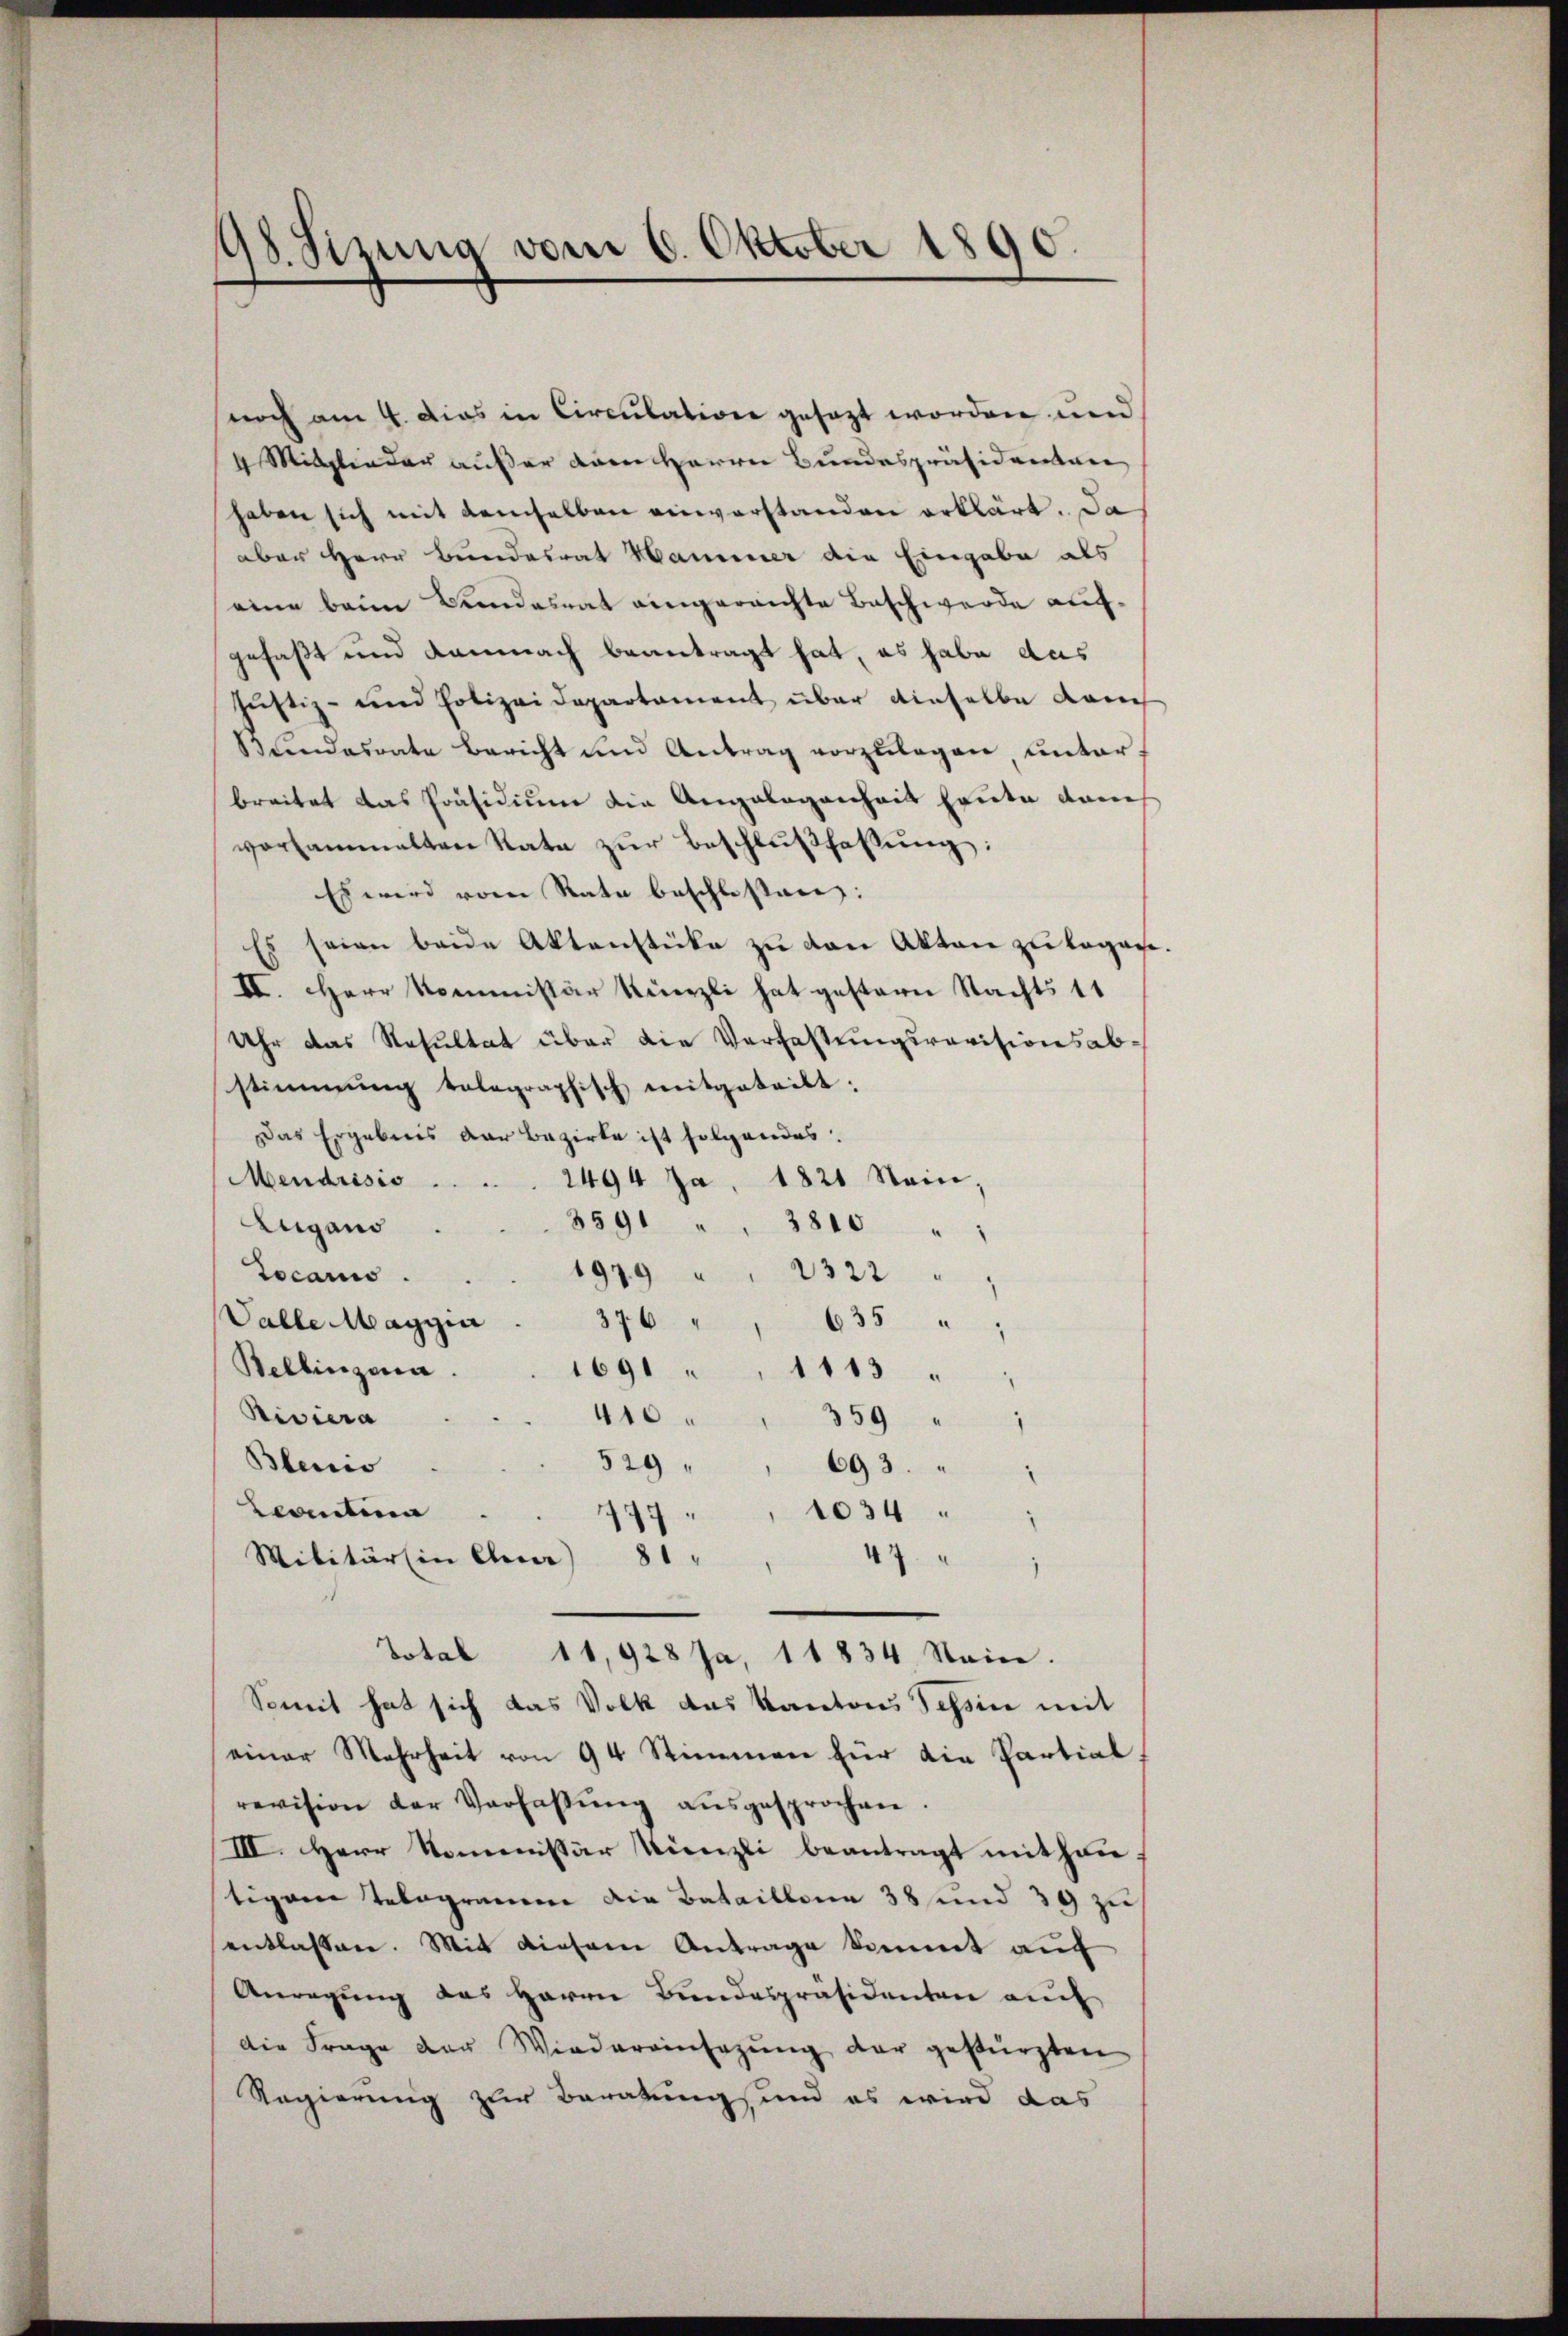
98. Sizung vom 6. Oktober 1890.

noch am 4. Das in Circulation gesezt worden und
4 Mitglieder außer dann Herren Bundespräsidentere
haben sich mit demselben einverstanden erklärt. Da
aber Herr Bundesrat Hammer die Eingabe als
eine beim Bundesrat eingereichte Beschwerde aufgefaßt und demnach beantragt hat, es habe aus
Justiz- und Polizeidepartament über dieselbe dam
Bundesrate bericht und Antrag vorzulegen, unterbreitet das Präsidium die Angelegenheit heute dam
vorsammelten Rate zŭr Beschlußfassung:
Es wird vom Rata beschlossen:
Es seien beide Aktenstücke zŭ von Akten zu legate.
II. Herr Kommissär Künzli hat gestern Nachts 11
Uhr das Resultat über die Verfassungsrevisionsabstimmung tolographisch mitgeteilt.
Das Ergebnis der Bezirke ist folgendes:
Mendrisio
2494 Ja, 1821 Nein.
Eugano
3591 " " 3810 " "
Tocarno.
1979 " " 2322
Valle Magyi
376
635 " "
Bellinzona
1691 " " 1113
Riviera
410
359 " "
529
Blenio
693.
Leontina
1034
97
81
Militärin Euer)
47
Total 11,928 Ja, 11834. Stein.
Somit hat sich das Volk das Kantons Tessin mit
einer Mehrheit von 94 Stimmen für die Partial
revision der Verfaβŭng aŭsgesprochen.
III. Herr Nominister Künzli beantragt mithau
tigen Telegramm die Bataillona 38 und 39 zu
entlassen. Mit diesem Antrage kommt auf
Anregung des Herrn Bundespräsidenten auf
die Frage der Wiedereinsezung der gestürzten
Ragierung zur Beratung, und es wird das